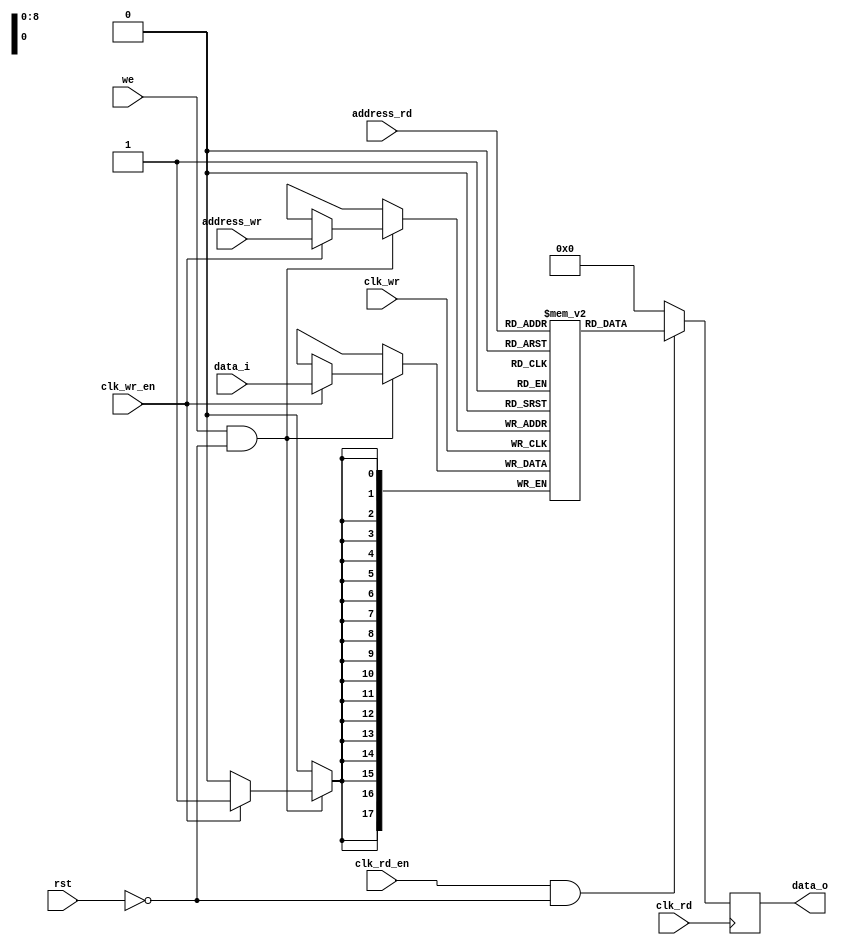
`timescale 1ns / 1ps
//////////////////////////////////////////////////////////////////////////////////
// Company: 
// Engineer: 
// 
// Design Name: 
// Module Name: param_dp_bram
// Project Name: 
// Target Devices: 
// Tool Versions: 
// Description: 
// 
// Dependencies: 
// 
// Revision:
// Revision 0.01 - File Created
// Additional Comments:
// 
//////////////////////////////////////////////////////////////////////////////////


module param_dp_bram #(
    parameter addr_width_wr = 9,
    parameter addr_depth_wr = 512,
    parameter data_width_wr = 18,
    
    parameter out_regmode = "reg",//PIN_1
    parameter rst_mode = "sync",//PIN_2
    parameter mem_file_format = "binary",//PIN_3
    parameter mem_file = "none",//PIN_4
   
    parameter addr_width_rd =9,
    parameter addr_depth_rd =512,
    parameter data_width_rd = 18)
    
    (input [(data_width_wr-1):0] data_i,
     input [(addr_width_wr-1):0] address_wr,
     input [(addr_width_rd-1):0] address_rd,
     input clk_wr,
     input clk_rd,
     input we,
     input clk_wr_en,
     input clk_rd_en,
     input rst,
     output reg [(data_width_rd-1):0] data_o
    );
   // memory declaration
   reg [(data_width_wr-1):0] memory [(addr_depth_wr-1):0];
   
   always @ (posedge clk_wr) begin
   if (we && !rst)
        if (clk_wr_en) memory[address_wr] <= data_i;
   end
   
   always @ (posedge clk_rd ) begin
   if (clk_rd_en && !rst) data_o <= memory[address_rd];
   else data_o<=0;
   end 
    

endmodule